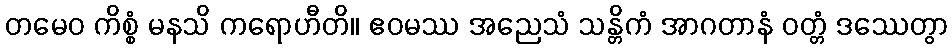
တမေဝ ကိစ္စံ မနသိ ကရောဟီတိ။ ဧဝမဿ အညေသံ သန္တိကံ အာဂတာနံ ဝတ္တံ ဒဿေတွာ